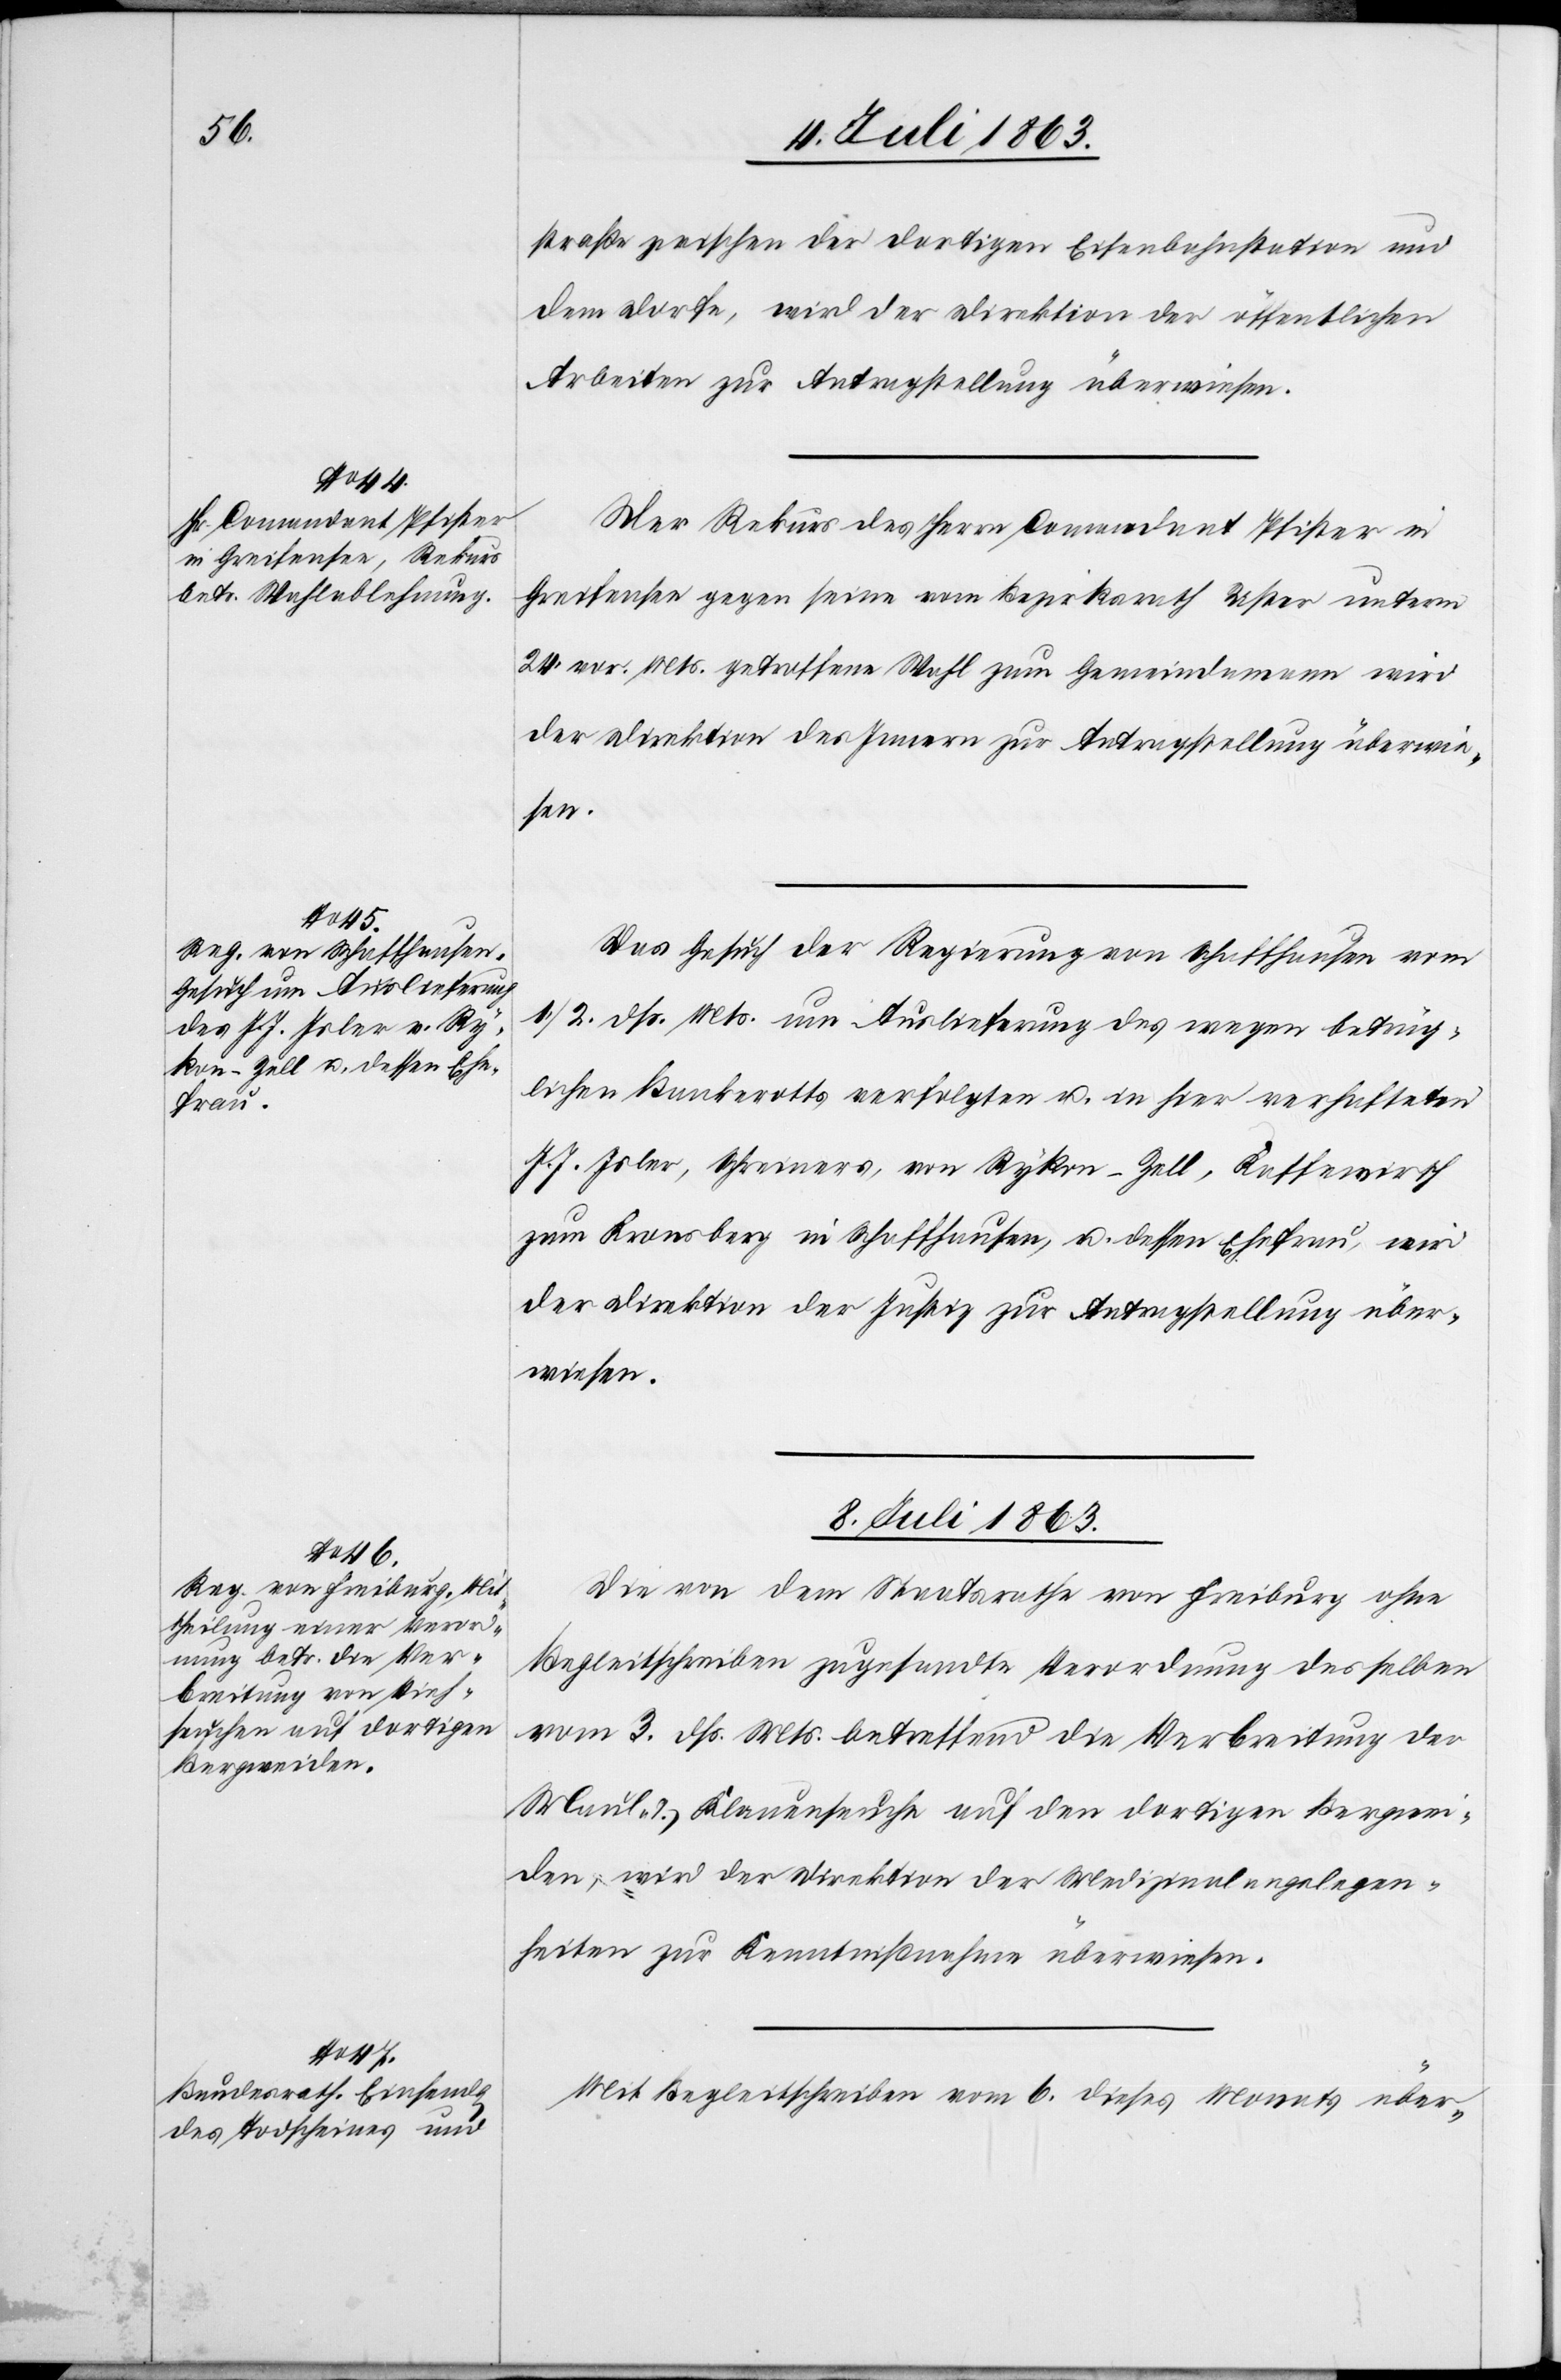
8. Juli 1863.]
straße zwischen der dortigen Eisenbahnstation und
dem Dorfe, wird der Direktion der öffentlichen
Arbeiten zur Antragstellung überwiesen.
Der Rekurs des Herrn Comandant Pfister in
Greifensee gegen seine vom Bezirksrath Uster unterm
24. vor. Mts. getroffene Wahl zum Gemeindamann wird
der Direktion des Innern zur Antragstellung überwie¬
sen.
Das Gesuch der Regierung von Schaffhausen vom
1./2. dß. Mts. um Auslieferung des wegen betrüg¬
lichen Bankerotts verfolgten u. in hier verhafteten
J. J. Isler, Schreiners, von Rykon-Zell, Kassewirth
zum Kronsberg in Schaffhausen, u. dessen Ehefrau, wird
der Direktion der Justiz zur Antragstellung über¬
wiesen.
8. Juli 1863.
Die von dem Staatsrathe von Freiburg ohne
Begleitschreiben zugesandte Verordnung desselben
vom 3. dß. Mts. betreffend die Verbreitung der
Maul- & Klauenseuche auf den dortigen Bergwei¬
den, wird der Direktion der Medizinalangelegen¬
heiten zur Kenntnißnahme überwiesen.
Mit Begleitschreiben vom 6. dieses Monats über-